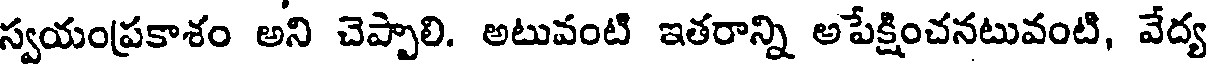
స్వయంప్రకాశం అని చెప్పాలి. అటువంటి ఇతరాన్ని అపేక్షించనటువంటి, వేద్య